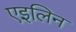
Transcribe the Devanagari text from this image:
एइलिन